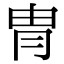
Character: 冑